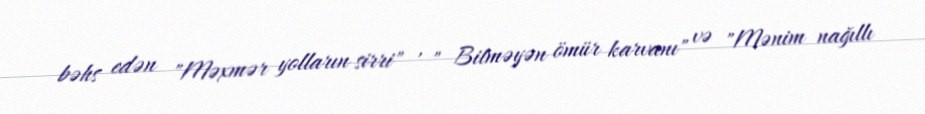
bəhs edən "Məxmər yolların sirri" , " Bitməyən ömür karvanı" və "Mənim nağıllı